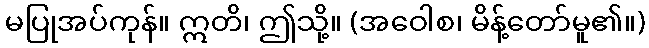
မပြုအပ်ကုန်။ ဣတိ၊ ဤသို့။ (အဝေါစ၊ မိန့်တော်မူ၏။)